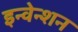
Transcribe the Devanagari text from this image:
इन्वेन्शन